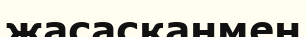
жасасқанмен